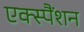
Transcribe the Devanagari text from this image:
एक्स्पैंशन